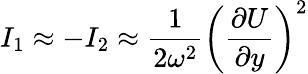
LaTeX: I_{1}\approx-I_{2}\approx\displaystyle\frac{1}{2\omega^{2}}\left(\frac{\partial U}{\partial y}\right)^{2}